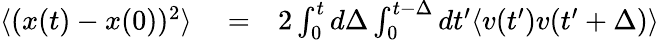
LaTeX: \begin{array}{rlr}{\langle(x(t)-x(0))^{2}\rangle}&{{}=}&{2\int_{0}^{t}d\Delta\int_{0}^{t-\Delta}dt^{\prime}\langle v(t^{\prime})v(t^{\prime}+\Delta)\rangle}\end{array}